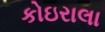
કોઇરાલા